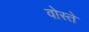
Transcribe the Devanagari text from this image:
वोस्ते